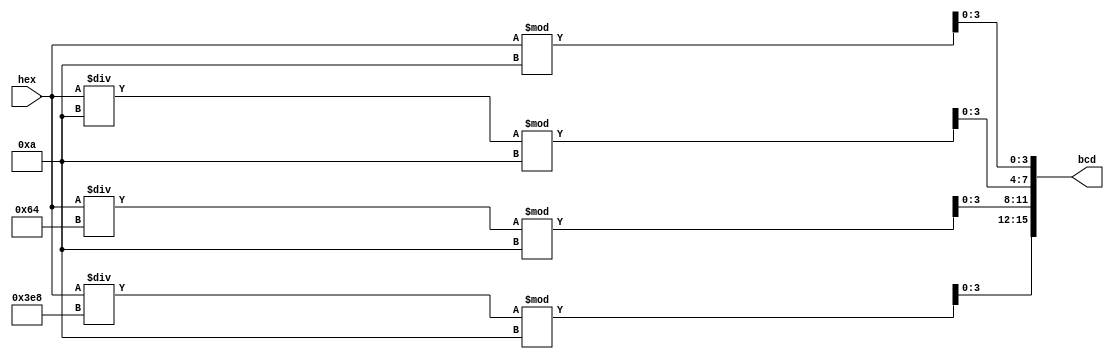
`timescale 1ns / 1ps
//////////////////////////////////////////////////////////////////////////////////
// Company: 
// Engineer: 
// 
// Design Name: 
// Module Name: hexToBcd
// Project Name: 
// Target Devices: 
// Tool Versions: 
// Description: 
// 
// Dependencies: 
// 
// Revision:
// Revision 0.01 - File Created
// Additional Comments:
// 
//////////////////////////////////////////////////////////////////////////////////


module hexToBcd(
    output [15:0] bcd,
    input [15:0] hex
);
assign bcd[3:0] = hex % 10;
assign bcd[7:4] = (hex / 10) % 10;
assign bcd[11:8] = (hex / 100) % 10;
assign bcd[15:12] = (hex / 1000) % 10;
endmodule